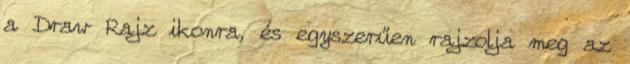
a Draw Rajz ikonra, és egyszerűen rajzolja meg az